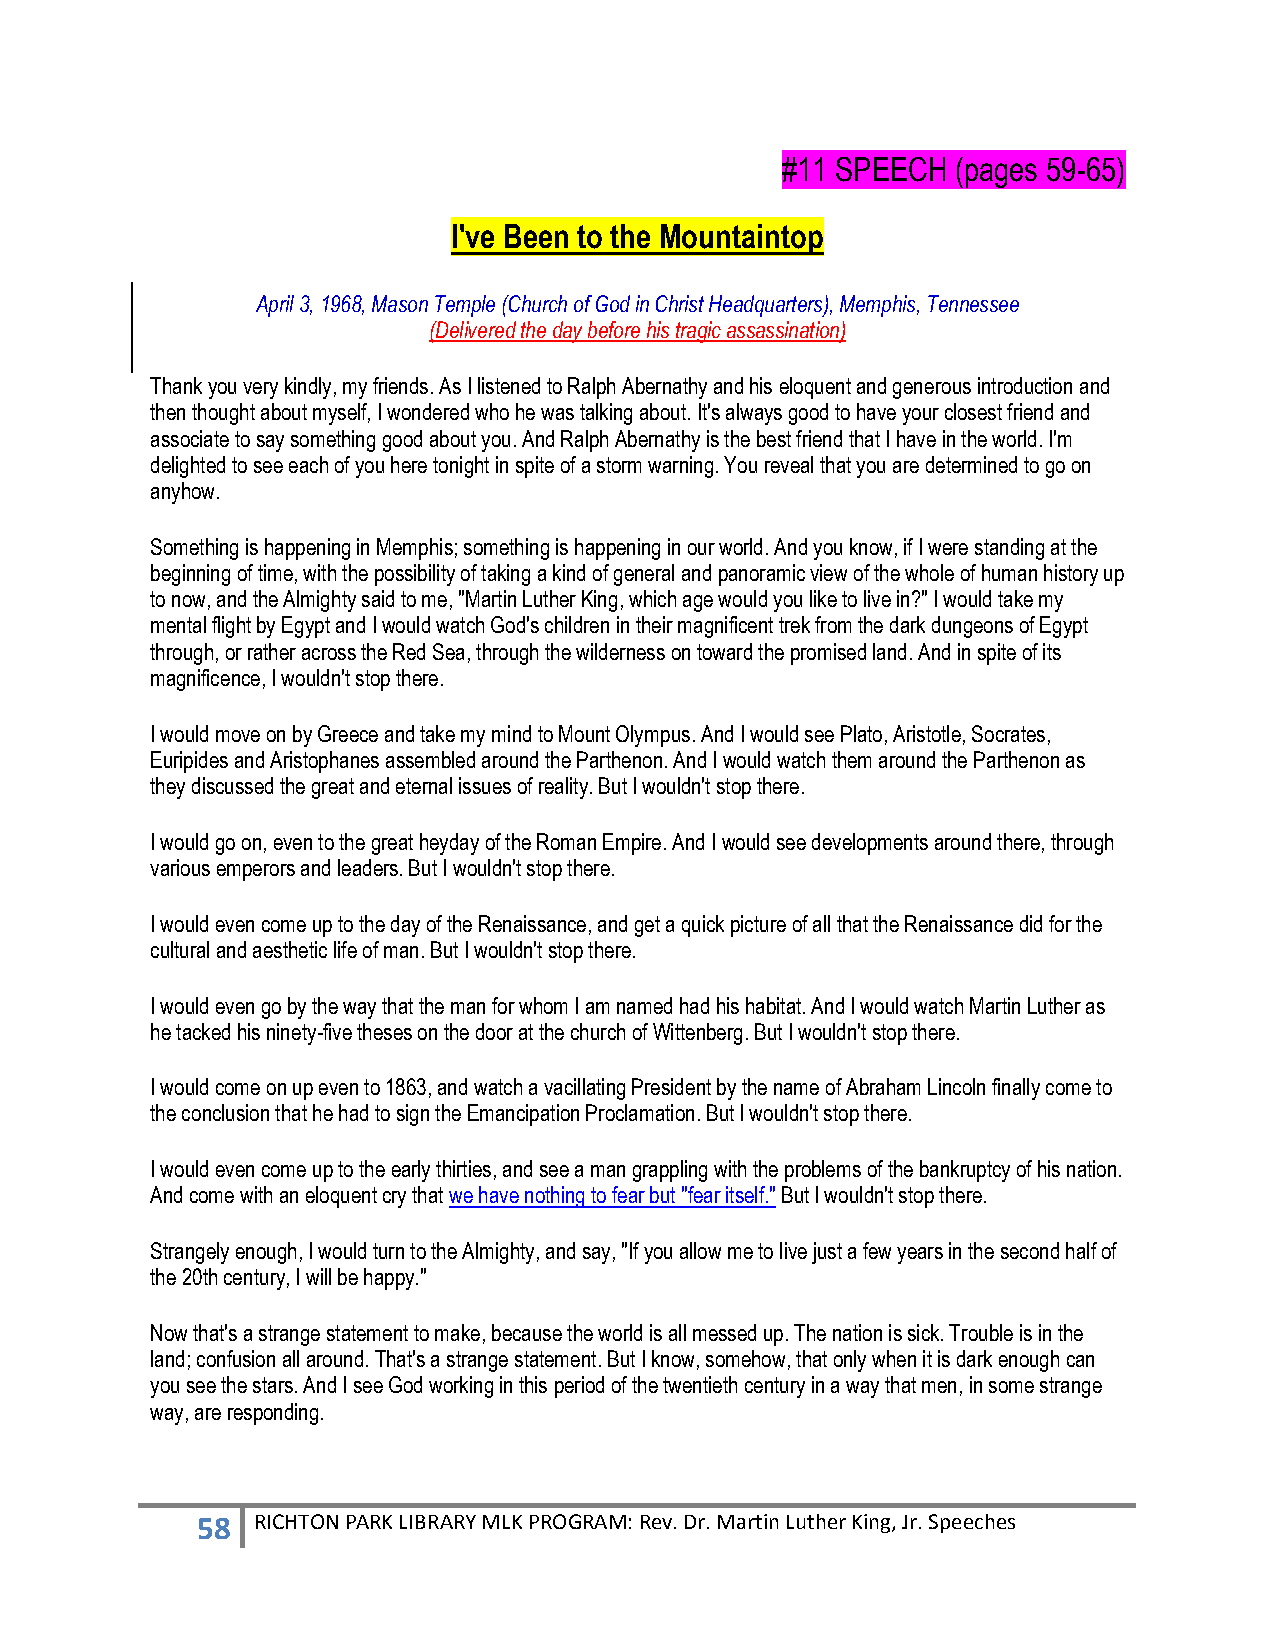
#11 SPEECH (pages 59-65)
 I've Been to the Mountaintop
 April 3, 1968, Mason Temple (Church of God in Christ Headquarters), Memphis, Tennessee
 (Delivered the day before his tragic assassination)
 Thank you very kindly, my friends. As I listened to Ralph Abernathy and his eloquent and generous introduction and
 then thought about myself, I wondered who he was talking about. It's always good to have your closest friend and
 associate to say something good about you. And Ralph Abernathy is the best friend that I have in the world. I'm
 delighted to see each of you here tonight in spite of a storm warning. You reveal that you are determined to go on
 anyhow.
 Something is happening in Memphis; something is happening in our world. And you know, if I were standing at the
 beginning of time, with the possibility of taking a kind of general and panoramic view of the whole of human history up
 to now, and the Almighty said to me, "Martin Luther King, which age would you like to live in?" I would take my
 mental flight by Egypt and I would watch God's children in their magnificent trek from the dark dungeons of Egypt
 through, or rather across the Red Sea, through the wilderness on toward the promised land. And in spite of its
 magnificence, I wouldn't stop there.
 I would move on by Greece and take my mind to Mount Olympus. And I would see Plato, Aristotle, Socrates,
 Euripides and Aristophanes assembled around the Parthenon. And I would watch them around the Parthenon as
 they discussed the great and eternal issues of reality. But I wouldn't stop there.
 I would go on, even to the great heyday of the Roman Empire. And I would see developments around there, through
 various emperors and leaders. But I wouldn't stop there.
 I would even come up to the day of the Renaissance, and get a quick picture of all that the Renaissance did for the
 cultural and aesthetic life of man. But I wouldn't stop there.
 I would even go by the way that the man for whom I am named had his habitat. And I would watch Martin Luther as
 he tacked his ninety-five theses on the door at the church of Wittenberg. But I wouldn't stop there.
 I would come on up even to 1863, and watch a vacillating President by the name of Abraham Lincoln finally come to
 the conclusion that he had to sign the Emancipation Proclamation. But I wouldn't stop there.
 I would even come up to the early thirties, and see a man grappling with the problems of the bankruptcy of his nation.
 And come with an eloquent cry that we have nothing to fear but "fear itself." But I wouldn't stop there.
 Strangely enough, I would turn to the Almighty, and say, "If you allow me to live just a few years in the second half of
 the 20th century, I will be happy."
 Now that's a strange statement to make, because the world is all messed up. The nation is sick. Trouble is in the
 land; confusion all around. That's a strange statement. But I know, somehow, that only when it is dark enough can
 you see the stars. And I see God working in this period of the twentieth century in a way that men, in some strange
 way, are responding.
 58  RICHTON PARK LIBRARY MLK PROGRAM: Rev. Dr. Martin Luther King, Jr. Speeches